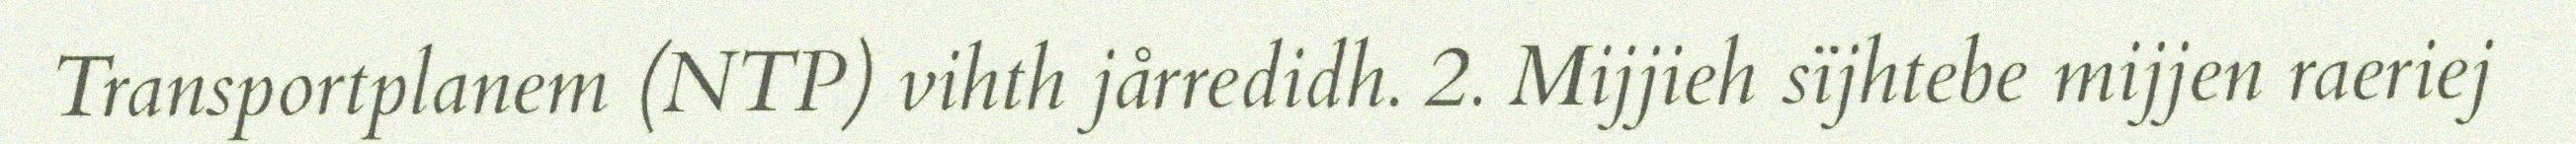
Transportplanem (NTP) vihth jårredidh. 2. Mijjieh sïjhtebe mijjen raeriej